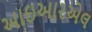
આઇઆરએલ